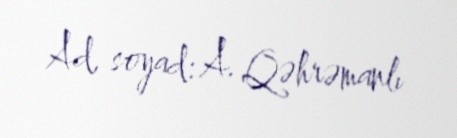
Ad, soyad: A. Qəhrəmanlı